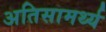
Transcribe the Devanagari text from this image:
अतिसामर्थ्य